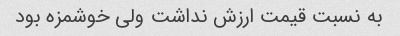
به نسبت قیمت ارزش نداشت ولی خوشمزه بود